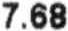
7.68